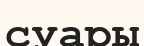
суары